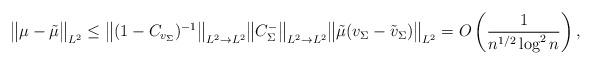
LaTeX: \begin{gather*}\big\Vert \mu - \tilde{\mu}\big\Vert_{L^2} \le \big\Vert (1 - C_{v_\Sigma})^{-1}\big\Vert_{L^2 \to L^2} \big\Vert C_{\Sigma}^-\big\Vert_{L^2 \to L^2} \big\Vert \tilde{\mu}(v_\Sigma - \tilde{v}_\Sigma)\big\Vert_{L^2} = O\left(\frac{1}{n^{1/2}\log^2n}\right),\end{gather*}